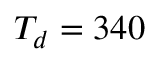
T _ { d } = \leavevmode { 3 4 0 }